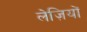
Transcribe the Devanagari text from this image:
लेज़ियों